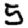
Digit: 5